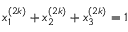
x _ { 1 } ^ { ( 2 k ) } + x _ { 2 } ^ { ( 2 k ) } + x _ { 3 } ^ { ( 2 k ) } = 1